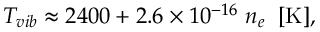
\begin{array} { r } { T _ { v i b } \approx 2 4 0 0 + 2 . 6 \times 1 0 ^ { - 1 6 } \; n _ { e } \; \; \mathrm { [ K ] } , } \end{array}